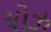
ચોઝ